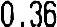
0.36